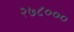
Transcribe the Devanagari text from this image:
२७८०००